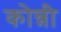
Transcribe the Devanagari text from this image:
कोन्नी